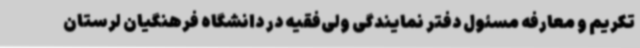
تکریم و معارفه مسئول دفتر نمایندگی ولی‌فقیه در دانشگاه فرهنگیان لرستان